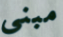
مبنى